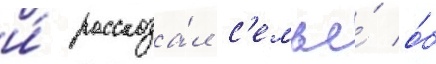
и́ рассказа́л с'емье́ о́б